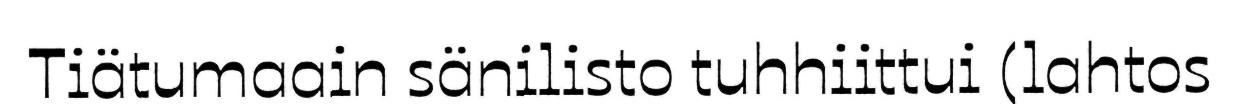
Tiätumaain sänilisto tuhhiittui (lahtos